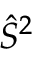
{ \hat { S } } ^ { 2 }